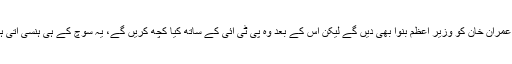
وہ عمران خان کو وزیر اعظم بنوا بھی دیں گے لیکن اس کے بعد وہ پی ٹی آئی کے ساتھ کیا کچھ کریں گے، یہ سوچ کے ہی ہنسی آتی ہے۔